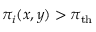
\pi _ { i } ( x , y ) > \pi _ { \mathrm { t h } }